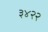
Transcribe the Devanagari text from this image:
३४२२